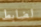
لضابط